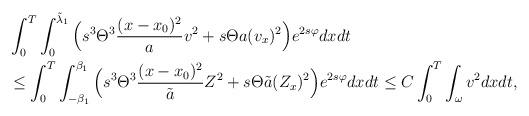
LaTeX: \begin{align*}\begin{aligned}&\int_0^T\int_0^{\tilde\lambda_1} \Big( s^3 \Theta^3 \frac{(x-x_0)^2}{a}v^2+s \Theta a (v_x)^2\Big) e^{2s\varphi}dxdt\\&\le \int_0^T\int_{-\beta_1}^{\beta_1} \Big( s^3 \Theta^3 \frac{(x-x_0)^2}{\tilde a}Z^2+s \Theta \tilde a (Z_x)^2\Big) e^{2s\varphi}dxdt \le C \int_0^T \int_{\omega} v^2dxdt,\end{aligned}\end{align*}